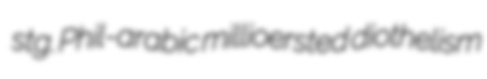
stg. Phil-arabic millioersted diothelism